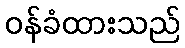
ဝန်ခံထားသည်